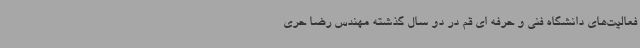
فعالیت‌های دانشگاه فنی و حرفه ای قم در دو سال گذشته مهندس رضا حری